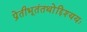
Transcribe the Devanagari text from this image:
प्रेतीभूतंतथोद्दिश्ययः